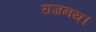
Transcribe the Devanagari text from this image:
राजनय।